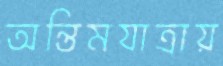
অন্তিমযাত্রায়